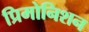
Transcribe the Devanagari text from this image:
प्रिमोनिशन